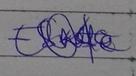
Signature authenticity: genuine